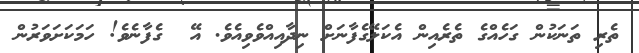
ތެރި ތަނަކުން ގަހެއްގެ ތެރެއިން އެކަލޭގެފާނަށް ނިދާއިއްވެވިއެވެ. އޭ  ގެފާނެވެ! ހަމަކަށަވަރުން